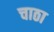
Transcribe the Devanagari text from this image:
चाठा